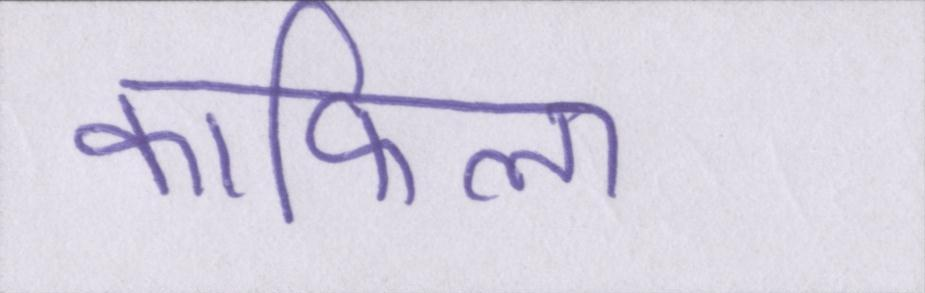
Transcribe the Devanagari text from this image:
काफिला